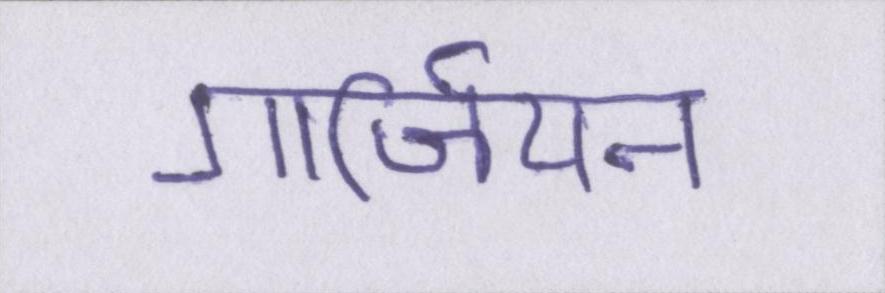
गार्जियन